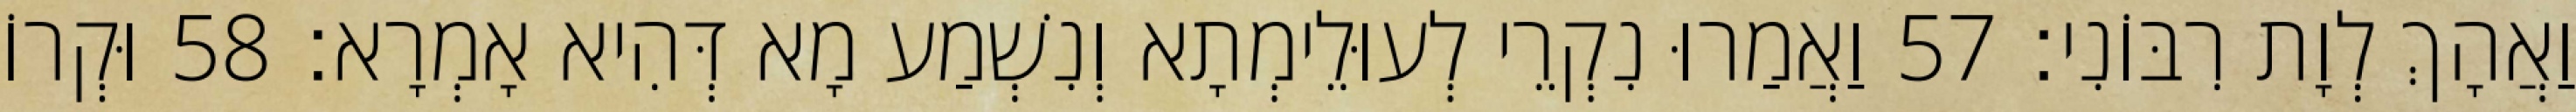
וַאֲהָךְ לְוָת רִבּוֹנִי׃ 57 וַאֲמַרוּ נִקְרֵי לְעוּלֵימְתָא וְנִשְׁמַע מָא דְּהִיא אָמְרָא׃ 58 וּקְרוֹ